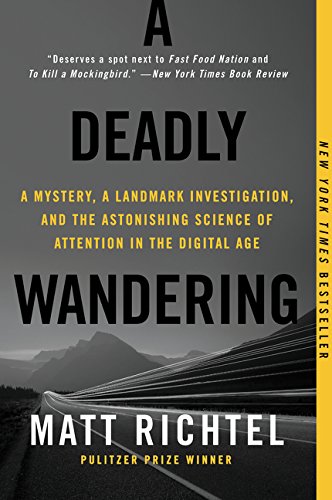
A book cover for A Deadly Wandering: A Mystery, a Landmark Investigation, and the Astonishing Science of Attention in the Digital Age; Matt Richtel; Computers & Technology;